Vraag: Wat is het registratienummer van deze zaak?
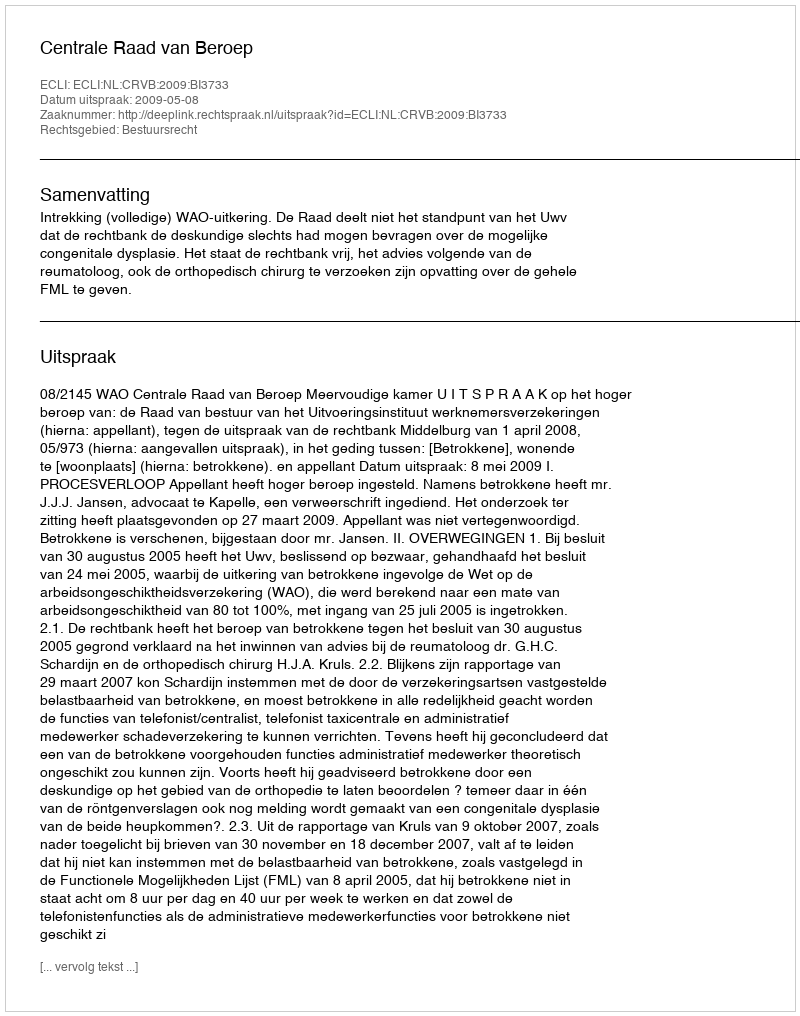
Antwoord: http://deeplink.rechtspraak.nl/uitspraak?id=ECLI:NL:CRVB:2009:BI3733